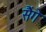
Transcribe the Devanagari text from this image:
सैंगे